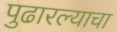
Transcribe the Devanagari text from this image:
पुढारल्याचा